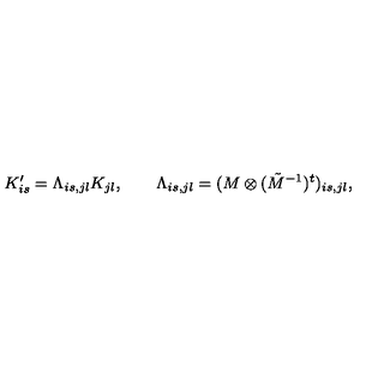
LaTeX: K _ { i s } ^ { \prime } = \Lambda _ { i s , j l } K _ { j l } , \qquad \Lambda _ { i s , j l } = ( M \otimes ( \tilde { M } ^ { - 1 } ) ^ { t } ) _ { i s , j l } ,